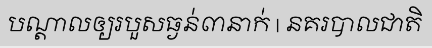
បណ្តាលឲ្យរបួសធ្ងន់៣នាក់ | នគរបាលជាតិ